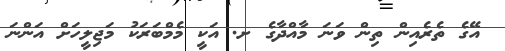
އޭގެ ތެރެއިން ތިން ވަނަ މާއްދާގެ ށ. އަކީ މެމްބަރަކު މަޖިލީހަށް އަންނަ